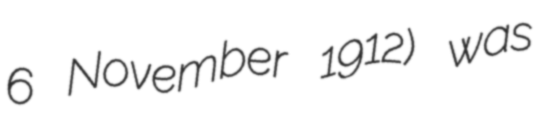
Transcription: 6 November 1912) was